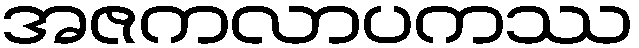
အဇကလာပကဿ